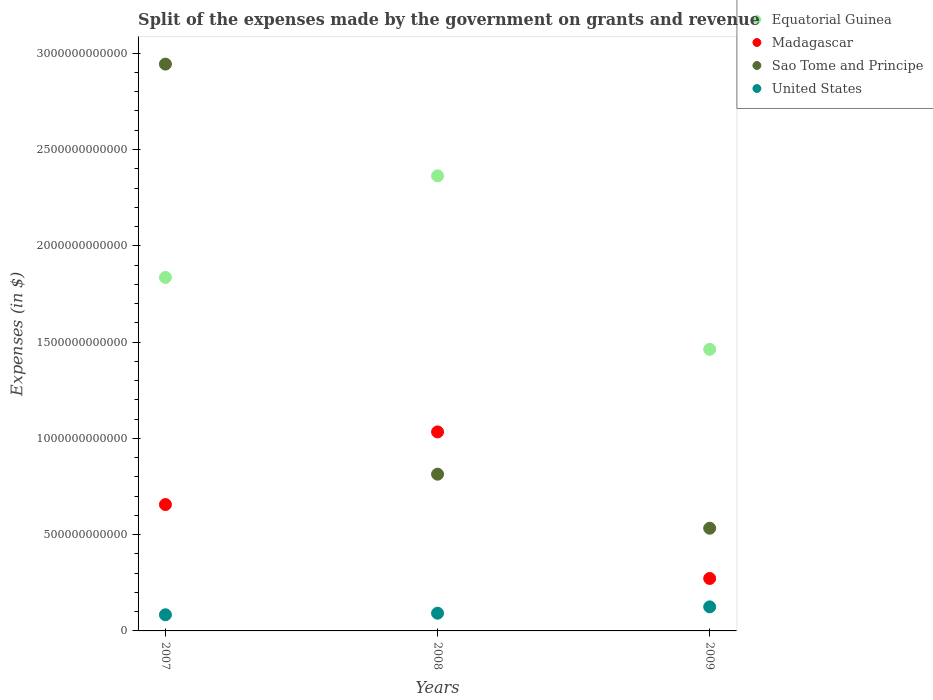
| Years | Equatorial Guinea | Madagascar | Sao Tome and Principe | United States |
 | --- | --- | --- | --- | --- |
 | 2007 | 1.84e+12 | 6.56e+11 | 2.94e+12 | 8.39e+10 |
 | 2008 | 2.36e+12 | 1.03e+12 | 8.14e+11 | 9.21e+10 |
 | 2009 | 1.46e+12 | 2.72e+11 | 5.33e+11 | 1.25e+11 |